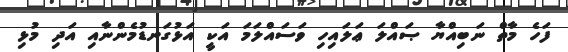
ފަހެ މާތް ނަބިއްޔާ ޞައްލަ ޢަލައިހި ވަސައްލަމަ އަކީ އަޅުގަނޑުމެންނާއި އަދި މުޅި